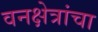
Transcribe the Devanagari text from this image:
वनक्षेत्रांचा